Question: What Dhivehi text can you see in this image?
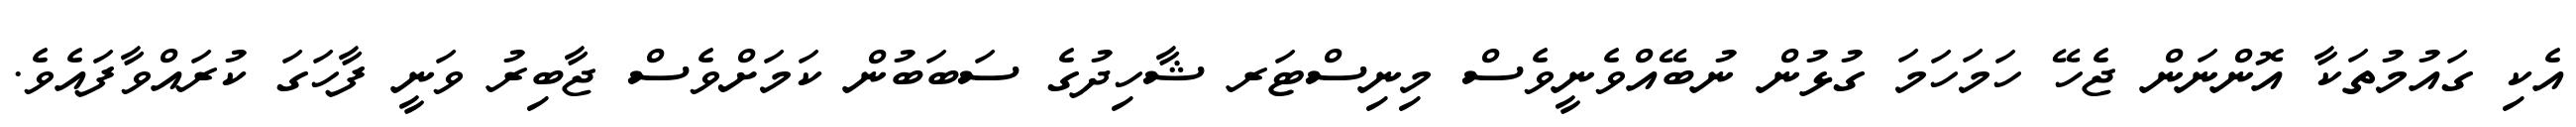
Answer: އެކި ގައުމުތަކާ އޮންނަން ޖެހޭ ހަމަހަމަ ގުޅުން ނުބޭއްވެނީވެސް މިނިސްޓަރ ޝާހިދުގެ ސަބަބުން ކަމަށްވެސް ޖާބިރު ވަނީ ފާހަގަ ކުރައްވާފައެވެ.